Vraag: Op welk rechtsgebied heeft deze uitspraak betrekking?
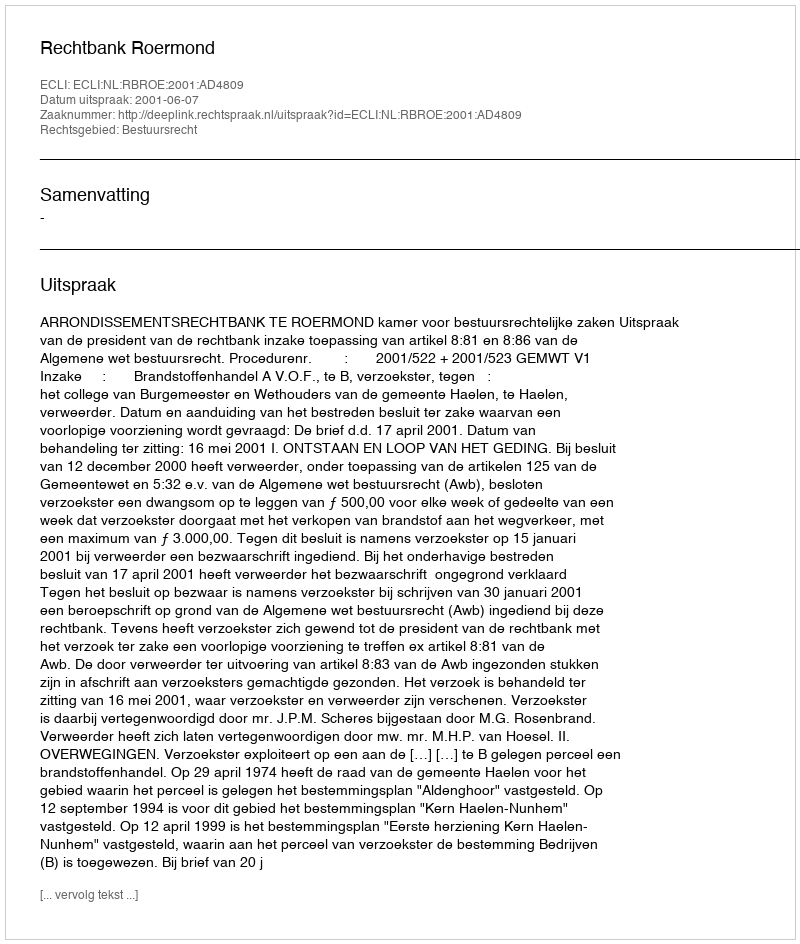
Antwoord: Bestuursrecht